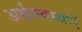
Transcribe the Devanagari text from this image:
अर्थव्य्वस्थाएँ